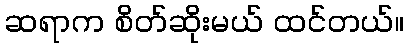
ဆရာက စိတ်ဆိုးမယ် ထင်တယ်။